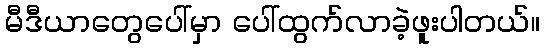
မီဒီယာတွေပေါ်မှာ ပေါ်ထွက်လာခဲ့ဖူးပါတယ်။